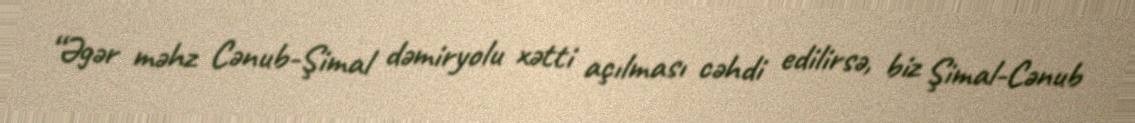
“Əgər məhz Cənub-Şimal dəmiryolu xətti açılması cəhdi edilirsə, biz Şimal-Cənub